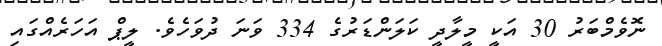
ނޮވެމްބަރު 30 އަކީ މީލާދީ ކަލަންޑަރުގެ 334 ވަނަ ދުވަހެވެ. ލީޕް އަހަރެއްގައި